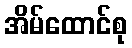
အိမ်ထောင်စု